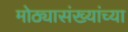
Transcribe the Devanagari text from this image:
मोठ्यासंख्यांच्या